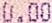
0.00